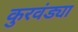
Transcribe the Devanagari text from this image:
कुरवंड्या